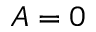
A = 0